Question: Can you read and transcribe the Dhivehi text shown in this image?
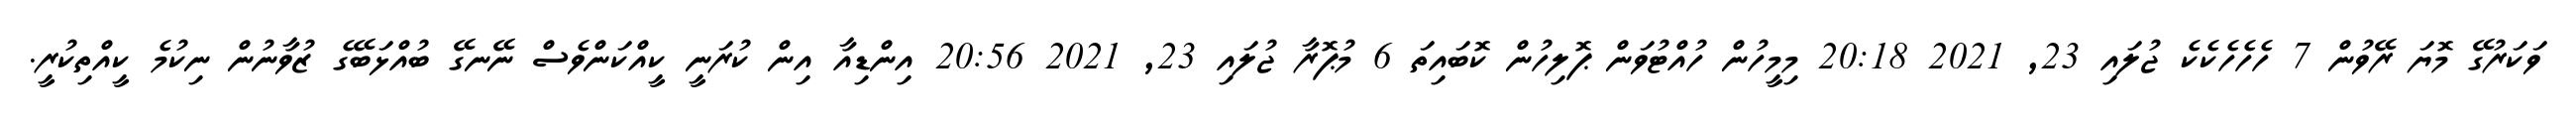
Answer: ވަކަރުގޭ މޮޔަ ރޭވުން 7 ހެހެހެކެކެ ޖުލައި 23, 2021 20:18 މިމީހުން ހުއްޓުވަން ޕޮލިހުން ކޮބައިތަ 6 މުޕޮރާ ޖުލައި 23, 2021 20:56 އިންޑިއާ އިން ކުރަނީ ކީއްކަންވެސް ނޭނގޭ ބުއްޅަބޭގެ ޒުވާނުން ނިކުމެ ކީއްތިކުރީ.